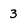
Character: 3